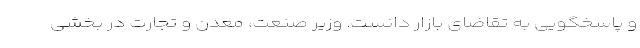
و پاسخگویی به تقاضای بازار دانست. وزیر صنعت، معدن و تجارت در بخشی